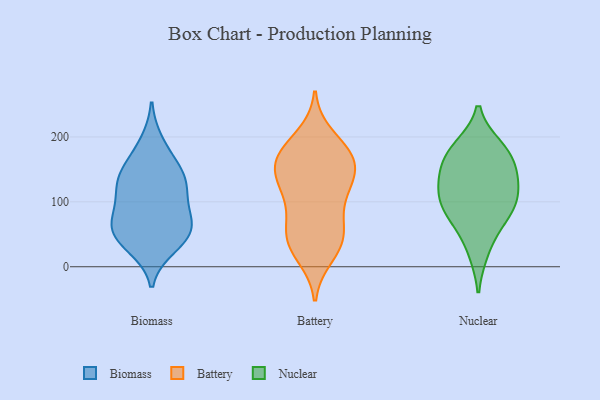
{"axis": {"x": "Temperature (°C)", "y": "Value"}, "legend": ["Battery", "Biomass", "Nuclear"], "data": [{"x": "", "y": 73, "type": "Biomass"}, {"x": "", "y": 162, "type": "Biomass"}, {"x": "", "y": 80, "type": "Biomass"}, {"x": "", "y": 134, "type": "Biomass"}, {"x": "", "y": 31, "type": "Biomass"}, {"x": "", "y": 40, "type": "Biomass"}, {"x": "", "y": 52, "type": "Biomass"}, {"x": "", "y": 54, "type": "Biomass"}, {"x": "", "y": 191, "type": "Biomass"}, {"x": "", "y": 102, "type": "Biomass"}, {"x": "", "y": 141, "type": "Biomass"}, {"x": "", "y": 59, "type": "Biomass"}, {"x": "", "y": 133, "type": "Biomass"}, {"x": "", "y": 120, "type": "Biomass"}, {"x": "", "y": 66, "type": "Battery"}, {"x": "", "y": 33, "type": "Battery"}, {"x": "", "y": 176, "type": "Battery"}, {"x": "", "y": 48, "type": "Battery"}, {"x": "", "y": 171, "type": "Battery"}, {"x": "", "y": 116, "type": "Battery"}, {"x": "", "y": 131, "type": "Battery"}, {"x": "", "y": 18, "type": "Battery"}, {"x": "", "y": 154, "type": "Battery"}, {"x": "", "y": 163, "type": "Battery"}, {"x": "", "y": 125, "type": "Battery"}, {"x": "", "y": 125, "type": "Battery"}, {"x": "", "y": 162, "type": "Battery"}, {"x": "", "y": 175, "type": "Battery"}, {"x": "", "y": 200, "type": "Battery"}, {"x": "", "y": 35, "type": "Battery"}, {"x": "", "y": 48, "type": "Battery"}, {"x": "", "y": 87, "type": "Battery"}, {"x": "", "y": 129, "type": "Nuclear"}, {"x": "", "y": 152, "type": "Nuclear"}, {"x": "", "y": 167, "type": "Nuclear"}, {"x": "", "y": 87, "type": "Nuclear"}, {"x": "", "y": 117, "type": "Nuclear"}, {"x": "", "y": 178, "type": "Nuclear"}, {"x": "", "y": 117, "type": "Nuclear"}, {"x": "", "y": 25, "type": "Nuclear"}, {"x": "", "y": 73, "type": "Nuclear"}, {"x": "", "y": 183, "type": "Nuclear"}, {"x": "", "y": 86, "type": "Nuclear"}]}